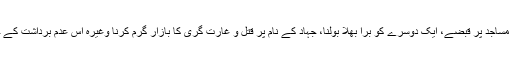
اس کی بنا پر مساجد پر قبضے، ایک دوسرے کو برا بھلا بولنا، جہاد کے نام پر قتل و غارت گری کا بازار گرم کرنا وغیرہ اس عدم برداشت کے چند نتائج ہیں۔